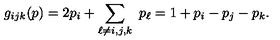
g _ { i j k } ( p ) = 2 p _ { i } + \sum _ { \ell \ne i , j , k } \ p _ { \ell } = 1 + p _ { i } - p _ { j } - p _ { k } .